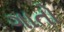
ગાતો